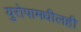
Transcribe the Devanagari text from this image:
युरोपामधीलही